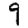
Digit: 9